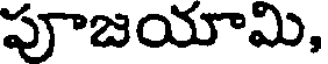
పూజయామి,